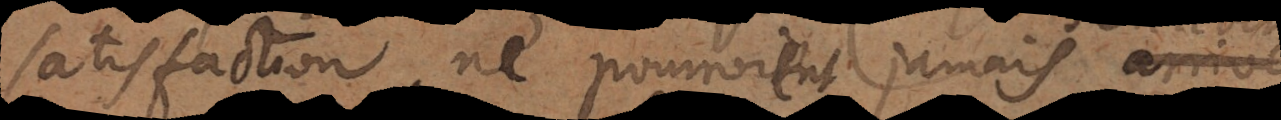
satisfaction, ne pourroient jamais arrive